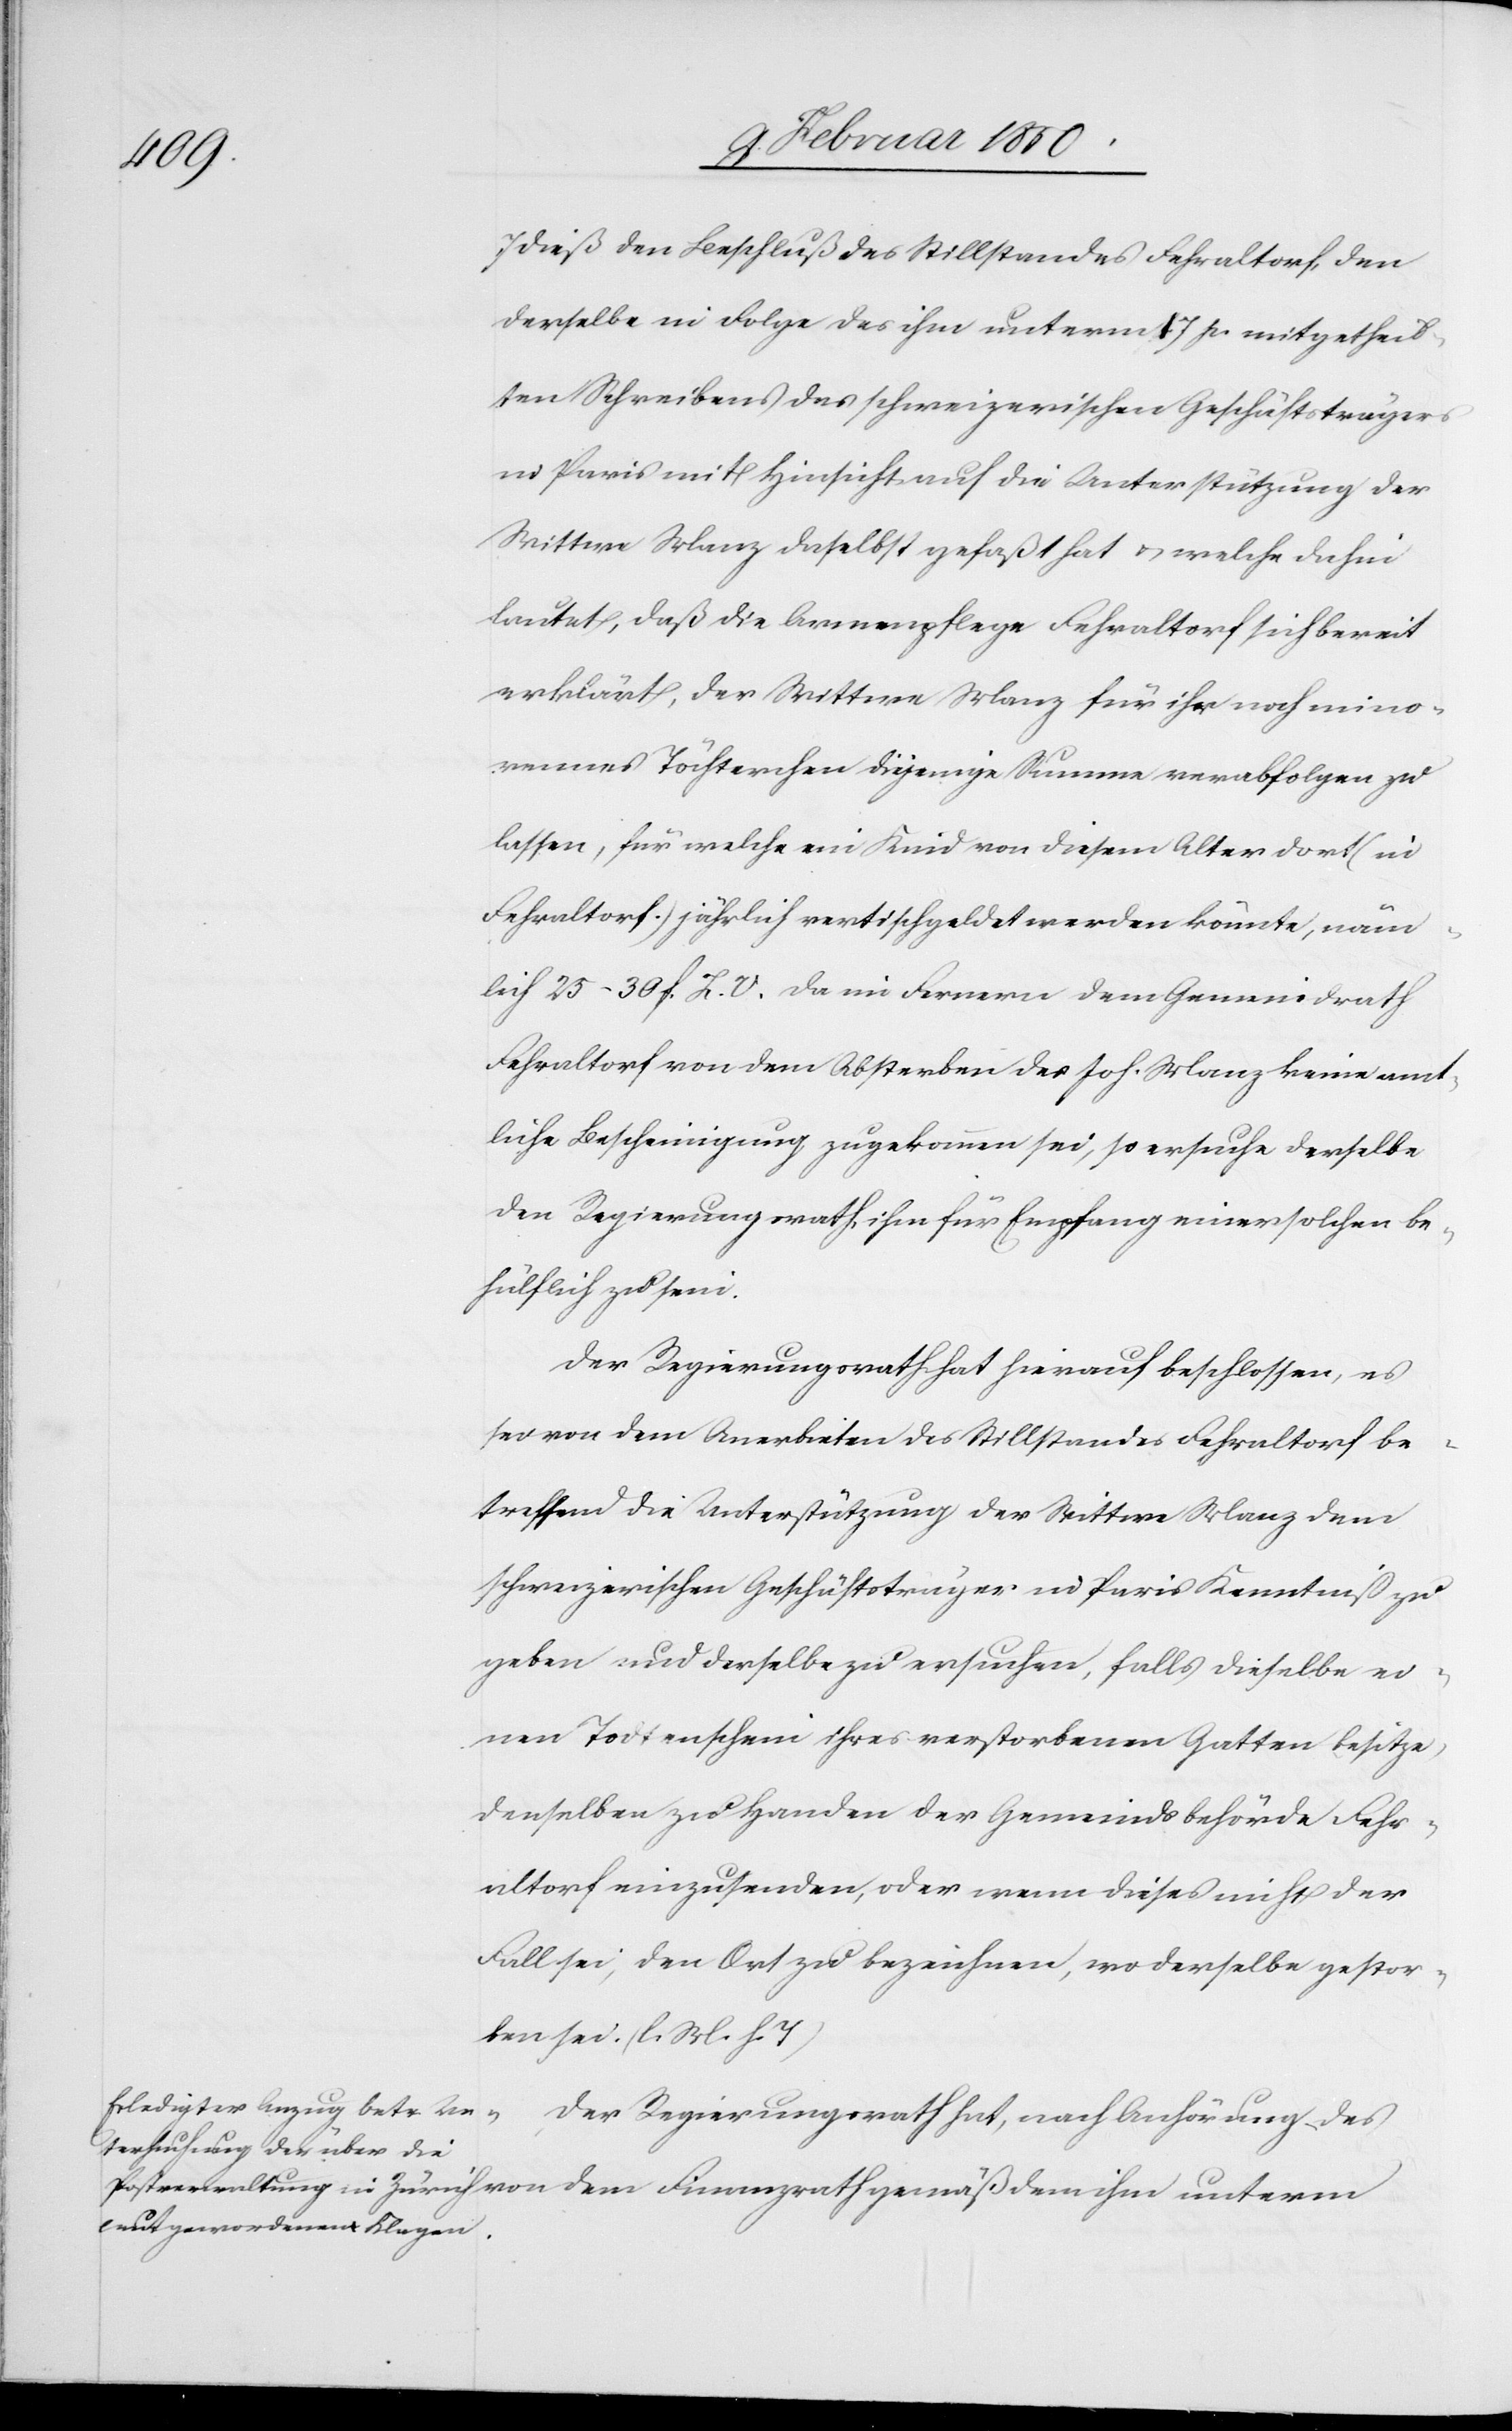
7 dieß den Beschluß des Stillstandes Fehraltorf, den
derselbe in Folge des ihm unterm 17 p. mitgetheil¬
ten Schreibens des schweizerischen Geschäftsträgers
in Paris mit Hinsicht auf die Unterstützung der
Wittwe Manz daselbst gefaßt hat u. welcher dahin
lautet, daß die Armenpflege Fehraltorf sich bereit
erklärt, der Wittwe Manz für ihr noch mino¬
rennes Töchterchen diejenige Summe verabfolgen zu
lassen, für welche ein Kind von diesem Alter dort (in
Fehraltorf) jährlich vertischgeldet werden könnte, näm¬
lich 25–30 f. L. O. Da im Fernern dem Gemeindrath
Fehraltorf von dem Absterben des Joh. Manz keine amt¬
liche Bescheinigung zugekommen sei, so ersuche derselbe
den Regierungsrath, ihm für Empfang einer solchen be¬
hülflich zu sein.
Der Regierungsrath hat hierauf beschlossen, es
sei von dem Anerbieten des Stillstandes Fehraltorf be¬
treffend die Unterstützung der Wittwe Manz dem
schweizerischen Geschäftsträger in Paris Kenntniß zu
geben und derselbe zu ersuchen, falls dieselbe ei¬
nen Todtenschein ihres verstorbenen Gatten besitze,
denselben zu Handen der Gemeindsbehörde Fehr¬
altorf einzusenden, oder wenn dieses nicht der
Fall sei, den Ort zu bezeichnen, wo derselbe gestor¬
ben sei. (l. M. h. T.)
Der Regierungsrath hat, nach Anhörung des